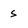
Character: s